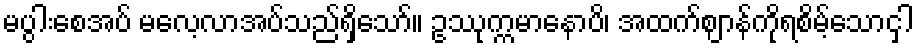
မပွါးစေအပ် မလေ့လာအပ်သည်ရှိသော်။ ဥဿုက္ကမာနောပိ၊ အထက်ဈာန်ကိုရစိမ့်သောငှါ